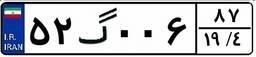
۵۲گ۰۰۶۸۷